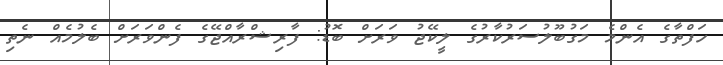
ހަފްތާގެ އެންމެ މަގުބޫލުސަރުކާރުގެ ލީކޭޖު ވަރަށް ބޮޑު: ފާރިޝްރާއްޖޭގެ ފެންވަރަށް ބެލުމެއް ނެތި